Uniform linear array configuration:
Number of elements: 12
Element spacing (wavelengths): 0.25
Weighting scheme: kaiser
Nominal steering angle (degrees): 45
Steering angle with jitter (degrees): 46.67
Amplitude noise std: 0.05
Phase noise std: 0.05

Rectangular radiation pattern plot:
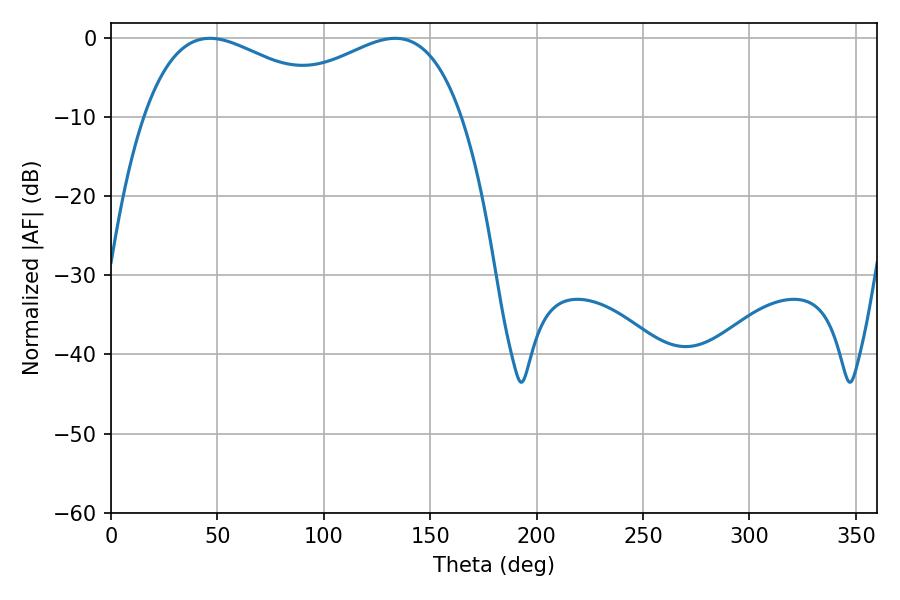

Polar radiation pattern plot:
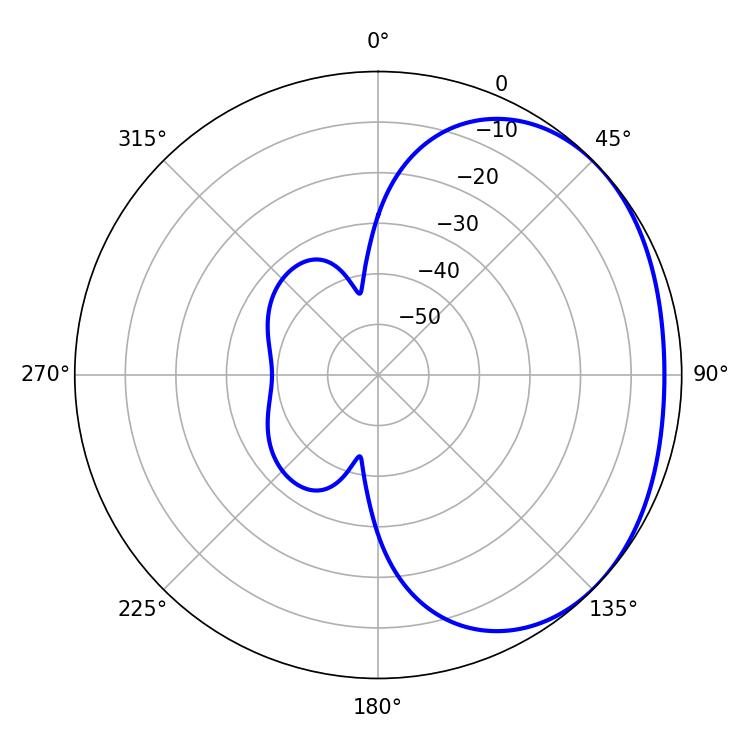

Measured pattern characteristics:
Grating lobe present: FALSE
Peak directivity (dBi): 1.859
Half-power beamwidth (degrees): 51.48
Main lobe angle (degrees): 46.44